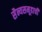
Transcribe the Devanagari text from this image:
सैन्यसमूहाची